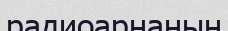
радиоарнаның